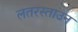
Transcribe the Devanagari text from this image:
लतरस्ताउन